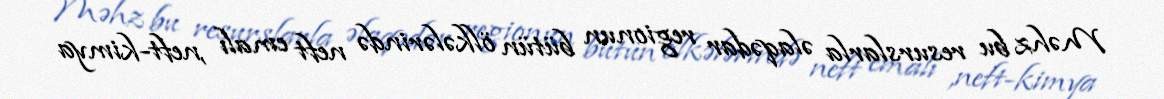
Məhz bu resurslarla əlaqədar regionun bütün ölkələrində neft emalı ,neft-kimya